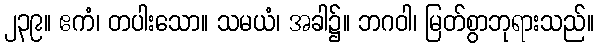
၂၃၉။ ဧကံ၊ တပါးသော။ သမယံ၊ အခါ၌။ ဘဂဝါ၊ မြတ်စွာဘုရားသည်။